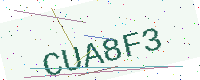
Text: CUA8F3